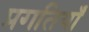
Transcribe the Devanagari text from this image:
प्रगतियाँ